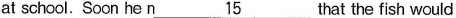
at school. Soon he n\underline{15} that the fish would